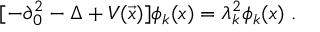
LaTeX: [ - \partial _ { 0 } ^ { 2 } - \Delta + V ( \vec { x } ) ] \phi _ { k } ( x ) = \lambda _ { k } ^ { 2 } \phi _ { k } ( x ) \; .